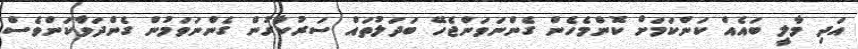
އަދި މާލީ ބައެއް ކަންކަމަށް ކޮންމެހެން ގެންނަވަންޖެހޭ ބަދަލުތައް ސަރުކާރުން ގެންނަވަމުން ގެންދަވާކަންވެސް